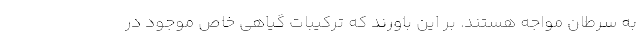
به سرطان مواجه هستند. بر این باورند که ترکیبات گیاهی خاص موجود در